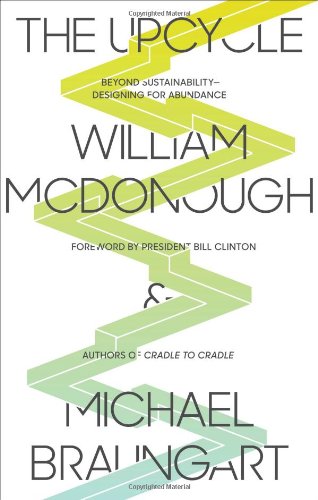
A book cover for The Upcycle: Beyond Sustainability--Designing for Abundance; William McDonough; Engineering & Transportation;